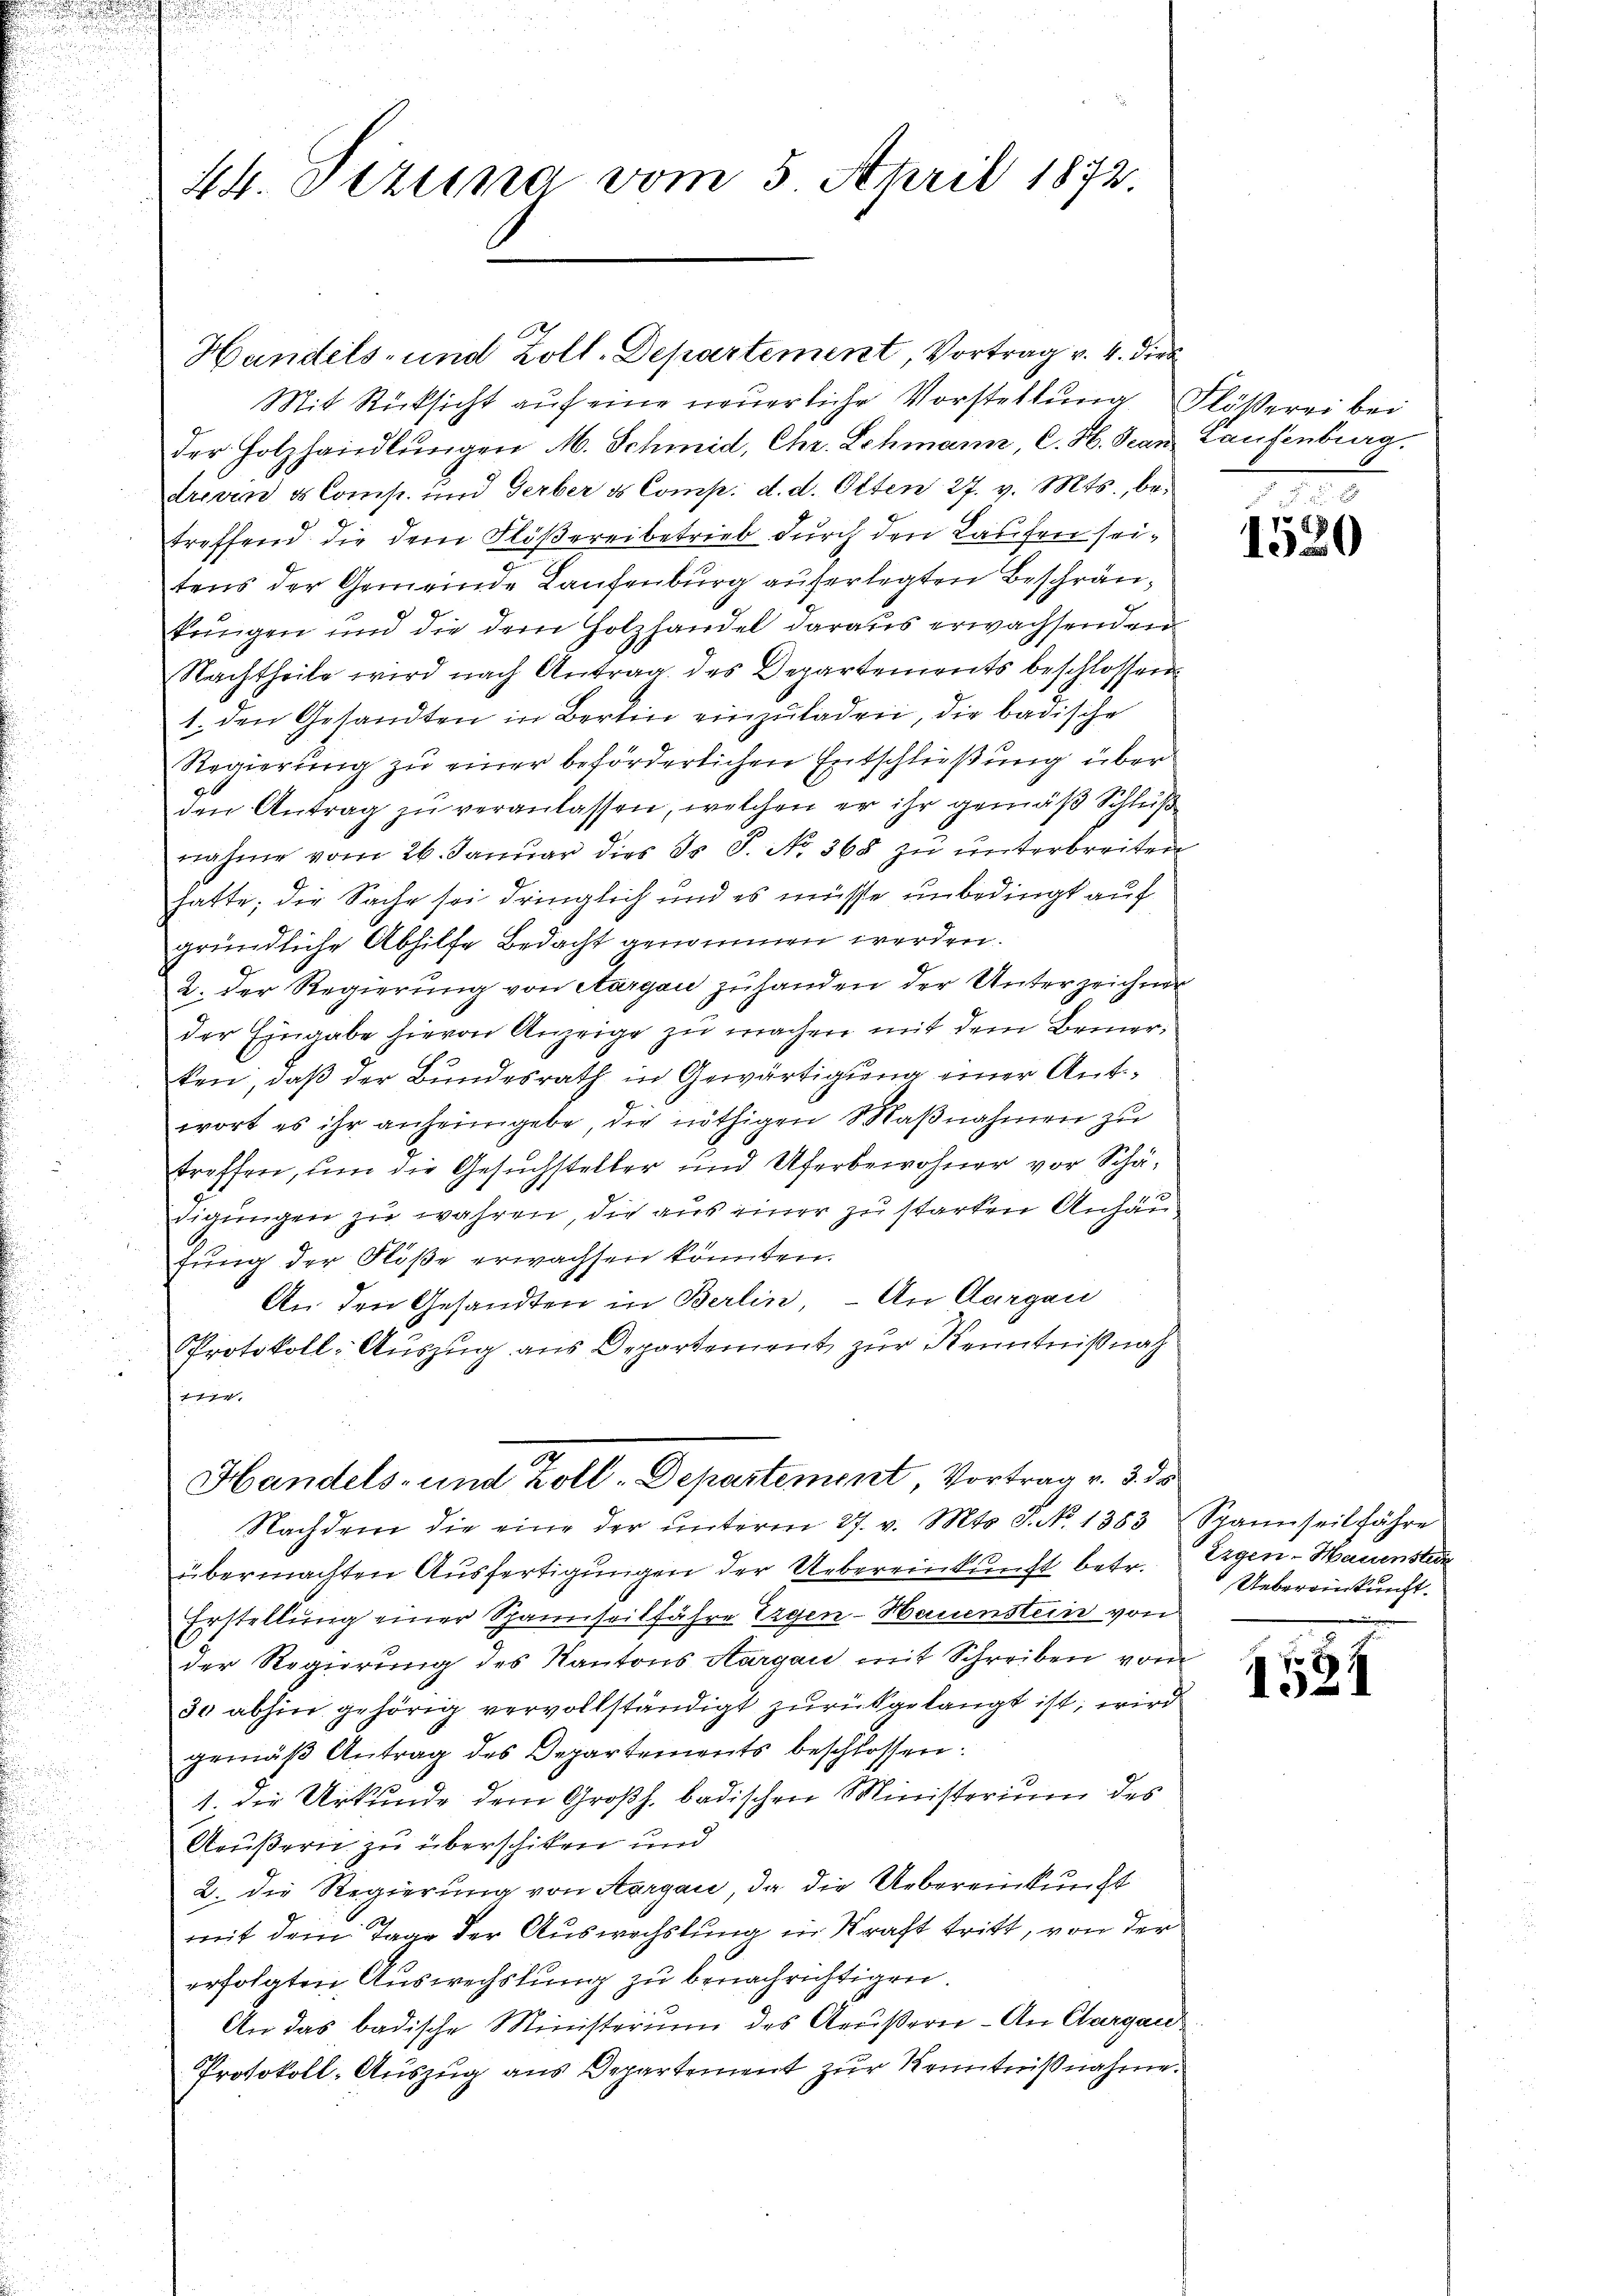
e
u

44. Sitzung vom 5. April 1872.

Mit Rücksicht auf eine neuerliche Vorstellung Flößerei bei
der Holzhandlungen M. Schmid, Chr. Schmann, C. H. Jean Laufenburg.
drien & Comp. und Gerber & Comp: d. d. Otten 27. v. Mts., betreffend die dem Flößerei betrieb durch den Laufen seitens der Gemeinde Laufenburg auferlegten Beschränkungen und die dem Holzhandel daraus erwachsenden
Nachtheile wird nach Antrag des Departements beschlossen
1. den Gesandten in Berlin einzŭladen, die badische
Regierung zu einer beförderlichen Entschließung über
den Antrag zu veranlassen, welchen er ihr gemäß Schluß
nahme vom 26. Januar dies ds S. No. 368 zŭ ŭnterbreiten
hatte; die Sache sei dringlich und es müsse unbedingt auf
gründliche Abhilfe Bedacht genommen werden.
2. Der Regierung von Aargau zuhanden der Unterzeichner
der Eingabe hievon Anzeige zu machen mit dem Bemerken, daß der Bundesrath in Gewärtigung einer Aufwort es ihr anheimgebe, die nöthigen Maβnahmen zu
treffen, um die Gesuchsteller und Uferbewohner vor Schädigungen zu wahren, die aus einer zu starken Anhäufung der Flöße erwachsen könnten.
An den Gesandten in Berlin, – An Aargau
Protokoll-Auszug aus Departement zur Kenntniß nach
7

Handels- und Zoll-Departement, Vortrag v. 4. Dieb

Handels- und Zoll-Departement, Vortrag v. 3. ds

Nachdem die eine der unterm 27. v. Mts. S. No 1383
übermachten Ausfertigungen der Uebereinkunft betr.
Erstellung einer Spannseitfahre Tryen-Hauenstein von
der Regierŭng des Kantons Aargau mit Schreiben vom
30 abhin gehörig vervollständigt zurückgelangt ist, wird
gemäß Antrag des Departements beschlossen:
1. Die Urkunde dem Großh. badischen Ministerium des
Aeußern zu überschiken und
2. die Regierung von Aargau, da die Uebereinkunft
mit dem Tage der Auswechslung in Straft tritt, von der
erfolgten Auswechslung zu benachrichtigen.
An das badische Ministerium des Aeußern - An Clargau
Protokoll-Auszug aus Departement zur Kenntnißnahme.

1520

Spannseil fähre
Ergen-Hausenstein
Uebereinkunft.

1524